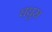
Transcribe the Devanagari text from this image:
घघुस